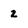
Character: 2